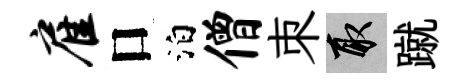
雇口泊僧朿取蹴